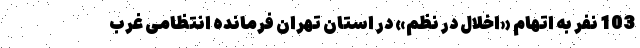
103 نفر به اتهام «اخلال در نظم» در استان تهران فرمانده انتظامی غرب